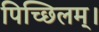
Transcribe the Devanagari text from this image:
पिच्छिलम्।